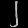
Digit: ၂